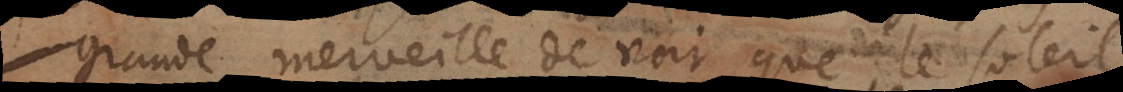
grande merveille de voir quelques